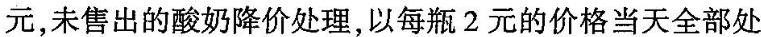
元，未售出的酸奶降价处理，以每瓶2元的价格当天全部处